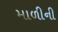
માળીની